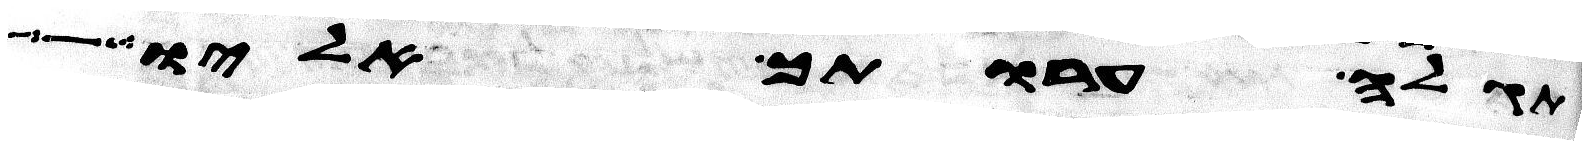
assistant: תגלה ערותך אליו אלה